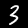
Label: 3